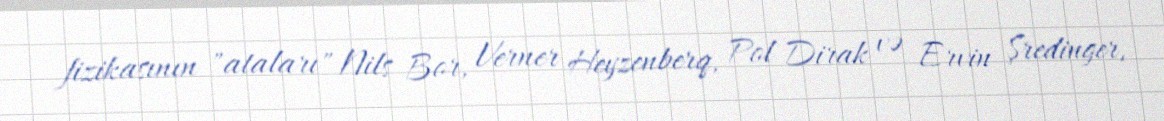
fizikasının "ataları" Nils Bor, Verner Heyzenberq, Pol Dirak və Ervin Şredinger,